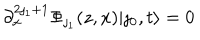
\partial _ { x } ^ { 2 \jmath _ { 1 } + 1 } \Phi _ { \jmath _ { 1 } } ( z , x ) | \jmath _ { 0 } , t \rangle = 0